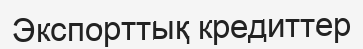
Экспорттық кредиттер